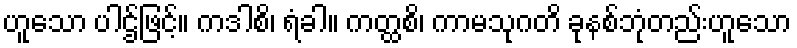
ဟူသော ပါဌ်ဖြင့်။ ကဒါစိ၊ ရံခါ။ ကတ္ထစိ၊ ကာမသုဂတိ ခုနစ်ဘုံတည်းဟူသော